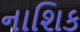
નાશિક